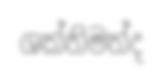
ශක්තිමත්ද